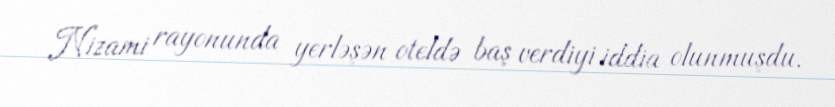
Nizami rayonunda yerləşən oteldə baş verdiyi iddia olunmuşdu.